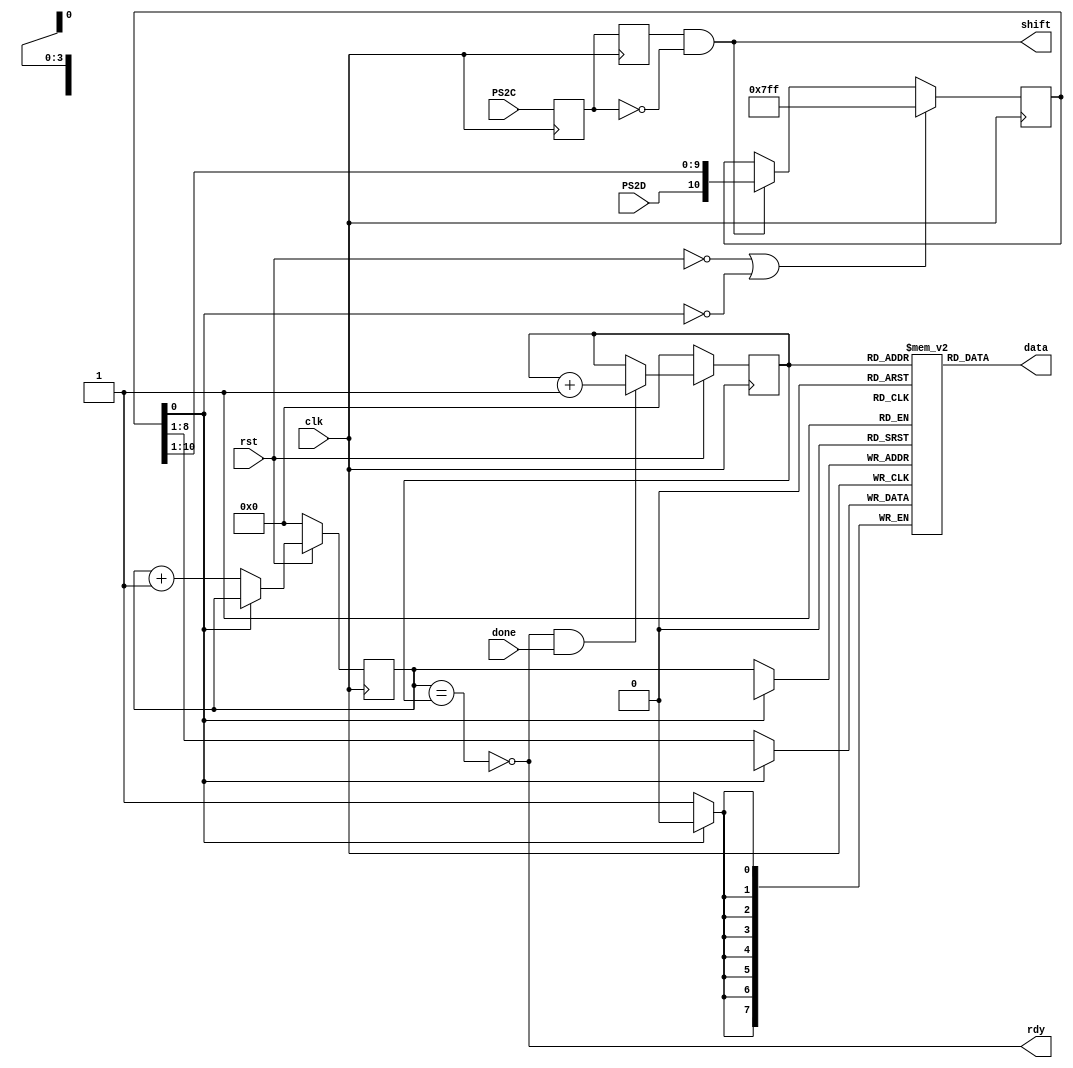
`timescale 1ns / 1ps  

/*Project Oberon, Revised Edition 2013

Book copyright (C)2013 Niklaus Wirth and Juerg Gutknecht;
software copyright (C)2013 Niklaus Wirth (NW), Juerg Gutknecht (JG), Paul
Reed (PR/PDR).

Permission to use, copy, modify, and/or distribute this software and its
accompanying documentation (the "Software") for any purpose with or
without fee is hereby granted, provided that the above copyright notice
and this permission notice appear in all copies.

THE SOFTWARE IS PROVIDED "AS IS" AND THE AUTHORS DISCLAIM ALL WARRANTIES
WITH REGARD TO THE SOFTWARE, INCLUDING ALL IMPLIED WARRANTIES OF
MERCHANTABILITY, FITNESS AND NONINFRINGEMENT.  IN NO EVENT SHALL THE
AUTHORS BE LIABLE FOR ANY CLAIM, SPECIAL, DIRECT, INDIRECT, OR
CONSEQUENTIAL DAMAGES OR ANY DAMAGES OR LIABILITY WHATSOEVER, WHETHER IN
AN ACTION OF CONTRACT, TORT OR OTHERWISE, ARISING FROM, OUT OF OR IN
CONNECTION WITH THE DEALINGS IN OR USE OR PERFORMANCE OF THE SOFTWARE.*/

// NW 20.10.2012
// PS2 receiver for keyboard, 8 bit data
// clock is 25 MHz; 25000 / 1302 = 19.2 KHz

module PS2(
    input clk, rst,
    input done,   // "byte has been read"
    output rdy,   // "byte is available"
    output shift, // shift in, tramsmitter
    output [7:0] data,
    input PS2C,   // serial input
    input PS2D);
	 
reg Q0, Q1;  // synchronizer and falling edge detector
reg [10:0] shreg;
reg [3:0] inptr, outptr;
reg [7:0] fifo [15:0];  // 16 byte buffer
wire endbit;

assign endbit = ~shreg[0];  //start bit reached correct pos
assign shift = Q1 & ~Q0;
assign data = fifo[outptr];
assign rdy = ~(inptr == outptr);

always @ (posedge clk) begin
  Q0 <= PS2C; Q1 <= Q0;
  shreg <= (~rst | endbit) ? 11'h7FF :
    shift ? {PS2D, shreg[10:1]} : shreg;
  outptr <= ~rst ? 0 : rdy & done ? outptr+1 : outptr;
  inptr <= ~rst ? 0 : endbit ? inptr+1 : inptr;
  if (endbit) fifo[inptr] <= shreg[8:1];
end	 
endmodule